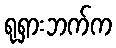
ရုရှားဘက်က